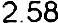
2.58